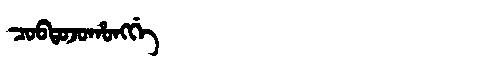
Manchu: ᠴᠣᠪᡨᠣᠵᠣᡥᠣᠩᡤᡝ
Romanization: COBTOJOHONGGE